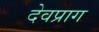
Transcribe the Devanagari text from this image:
देवप्राग